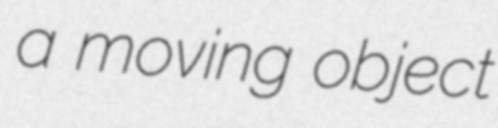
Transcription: a moving object